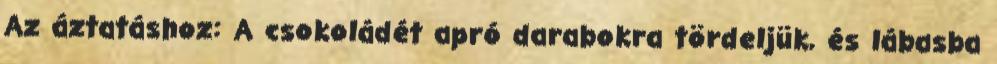
Az áztatáshoz: A csokoládét apró darabokra tördeljük, és lábasba